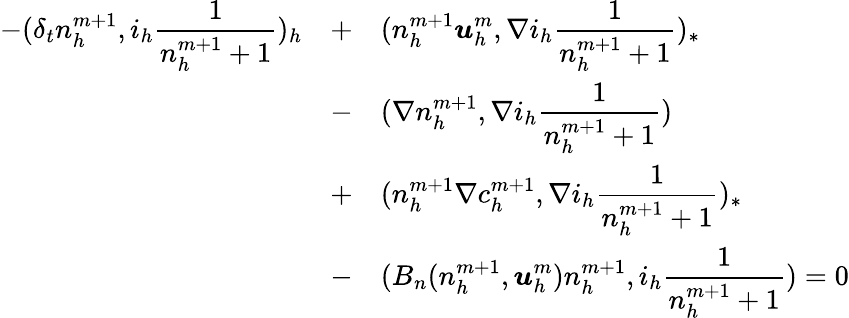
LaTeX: \begin{array}{rcl}{\displaystyle-(\delta_{t}n_{h}^{m+1},i_{h}\frac{1}{n_{h}^{m+1}+1})_{h}}&{+}&{\displaystyle(n_{h}^{m+1}{\boldsymbol u}_{h}^{m},\nabla i_{h}\frac{1}{n_{h}^{m+1}+1})_{*}}\\ &{-}&{\displaystyle(\nabla n_{h}^{m+1},\nabla i_{h}\frac{1}{n_{h}^{m+1}+1})}\\ &{+}&{\displaystyle(n_{h}^{m+1}\nabla c_{h}^{m+1},\nabla i_{h}\frac{1}{n_{h}^{m+1}+1})_{*}}\\ &{-}&{\displaystyle(B_{n}(n_{h}^{m+1},{\boldsymbol u}_{h}^{m})n_{h}^{m+1},i_{h}\frac{1}{n_{h}^{m+1}+1})=0}\end{array}